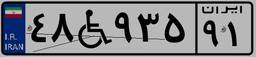
۶۵W۳۴۵۸۳